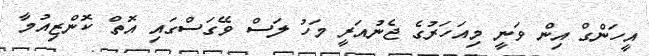
އީހަންގް އިން ވަނީ މިއަހަރުގެ ޖެނުއަރީ މަހު ލަސް ވޭގަސްގައި އޮތް ކޮންޒިއުމާ